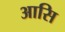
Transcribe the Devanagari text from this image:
आसि